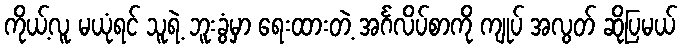
ကိုယ့်လူ မယုံရင် သူရဲ့ ဘူးခွံမှာ ရေးထားတဲ့ အင်္ဂလိပ်စာကို ကျုပ် အလွတ် ဆိုပြမယ်